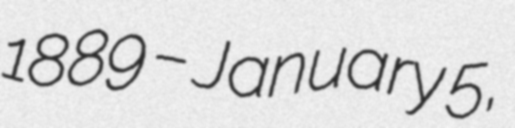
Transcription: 1889 – January 5,